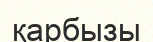
қарбызы